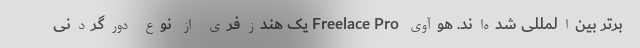
برتر بین‌المللی شده‌اند. هوآوی Freelace Pro یک هندزفری از نوع دورگردنی